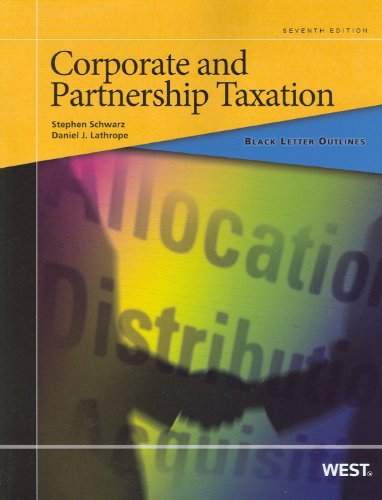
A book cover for Black Letter Outline on Corporate and Partnership Taxation; Stephen Schwarz; Law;